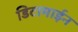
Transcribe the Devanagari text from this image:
डिटामाईन